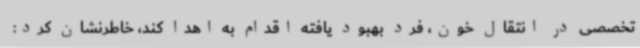
تخصصی در انتقال خون، فرد بهبود یافته اقدام به اهدا کند، خاطرنشان کرد: